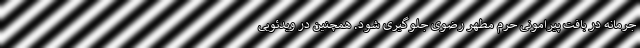
جرمانه در بافت پیرامونی حرم مطهر رضوی جلوگیری شود. همچنین در ویدئویی